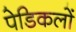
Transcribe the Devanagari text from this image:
पेडिकलों